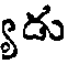
డు